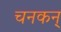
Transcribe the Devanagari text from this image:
चनकन्